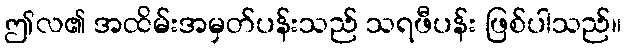
ဤလ၏ အထိမ်းအမှတ်ပန်းသည် သရဖီပန်း ဖြစ်ပါသည်။